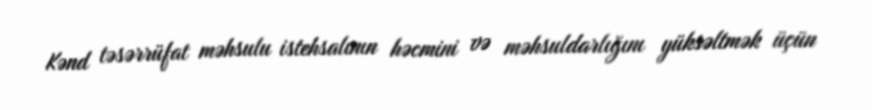
Kənd təsərrüfat məhsulu istehsalının həcmini və məhsuldarlığını yüksəltmək üçün